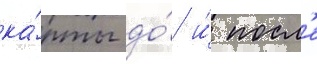
ка́рты до́ и́ посл'е